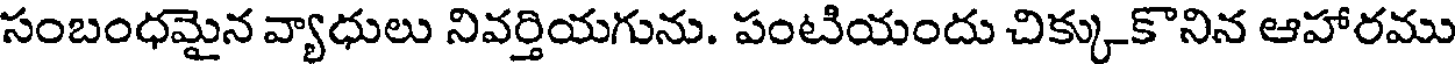
సంబంధమైన వ్యాధులు నివర్తియగును. పంటియందు చిక్కుకొనిన ఆహారము